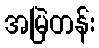
အမြဲတန်း